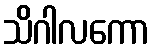
သိဂါလကော